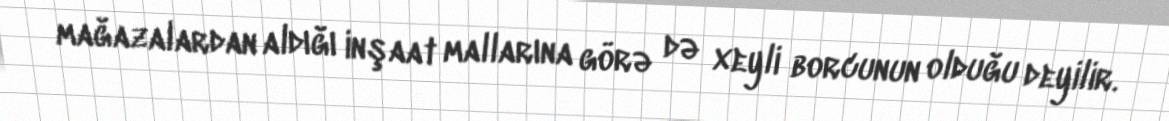
mağazalardan aldığı inşaat mallarına görə də xeyli borcunun olduğu deyilir.